Civil Veterinary Department. United Provinces 1912-22 - 1912-1922
Year: 1912
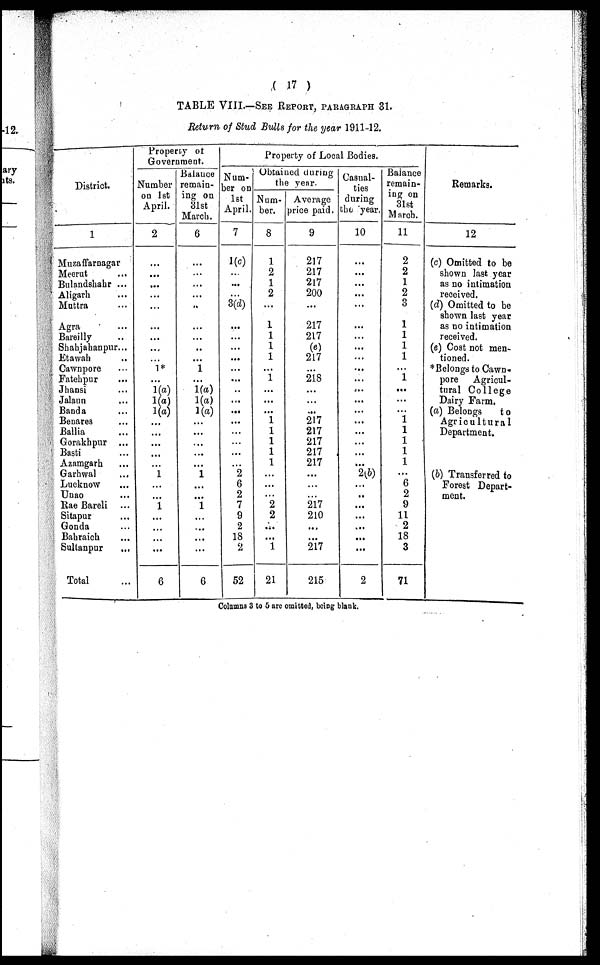
(17)
TABLE VIII.—SEE REPORT, PARAGRAPH 31.
Return of Stud Bulls for the year 1911-12.
District.
1
Muzaffarnagar
Meerut ...
Bulandshahr ...
Aligarh ...
Muttra ...
Agra ...
Bareilly ...
Shahjahanpur...
Etawah
..
Cawnpore ...
Fatebpur ...
Jhansi ...
Jalaun ...
Banda ...
Benares ...
Ballia ...
Gorakhpur ...
Basti ...
Azamgarh ...
Garhwal ...
Lucknow ...
Unao ...
Rae Bareli ...
Sitapur ...
Gonda ...
Bahraich ...
Sultanpur
...
Total ...
Properoy of
Government.
Number
on 1st
April.
2
...
...
...
...
...
...
...
...
...
1*
...
1(a)
1(a)
1(a)
...
...
...
...
...
1
...
...
1
...
...
...
...
6
Balance
remain-
ing on
31st
March.
6
...
...
...
...
..
...
...
..
...
1
...
1(a)
1(a)
1(a)
...
...
...
...
...
1
...
...
1
...
...
...
...
6
Property of Local Bodies.
Num-
ber on
1st
April.
7
1(c)
...
...
...
3(d)
...
...
...
...
...
...
..
...
...
...
...
...
...
2
6
2
7
9
2
18
2
52
Obtained during
the year.
Num-
ber.
8
1
2
1
2
...
1
1
1
1
...
1
...
...
...
1
1
1
1
1
...
...
...
2
2
...
...
1
21
Average
price paid.
9
217
217
217
200
...
217
217
(e)
217
...
218
...
...
...
217
217
217
217
217
...
...
...
217
210
...
...
217
215
Casual-
ties
during
the year.
10
...
...
...
...
...
...
...
...
...
...
...
...
...
...
...
...
...
...
...
2(b)
...
..
...
...
...
...
...
2
Balance
remain-
ing on
31st
March.
11
2
2
1
2
3
1
1
1
1
...
1
...
...
...
1
1
1
1
1
...
6
2
9
11
2
18
3
71
Remarks.
12
(c) Omitted to be
shown last year
as no intimation
received.
(d) Omitted to be
shown last year
as no intimation
received.
(e) Cost not men-
tioned.
* Belongs to Cawn-
pore Agricul-
tural College
Dairy Farm.
(a) Belongs
to
Agricultural
Department.
(b) Transferred to
Forest Depart-
ment.
Columns 3 to 5 are omitted, being blank.